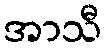
အာသီ